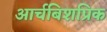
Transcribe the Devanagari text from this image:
आर्चबिशप्रिक